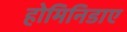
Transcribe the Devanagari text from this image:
होमिनिडाए